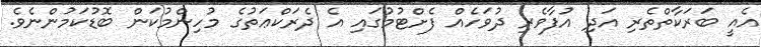
އެއީ ބަރަކާތްތެރި އަދި އުފާވެރި ދުވަހެއް ފެށްޓުމުގައި އެ ދެރަކްޢަތުގެ މުހިންމުކަން ބޮޑުކަމުންނެވެ.